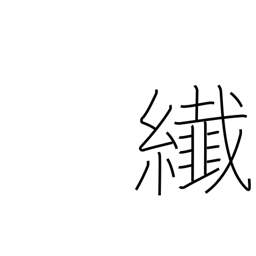
Meaning: minute